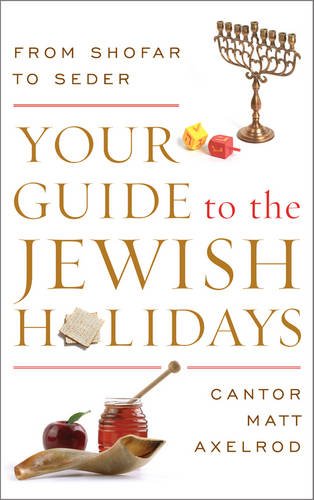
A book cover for Your Guide to the Jewish Holidays: From Shofar to Seder; Cantor Matt Axelrod; Religion & Spirituality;